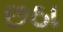
છઠા